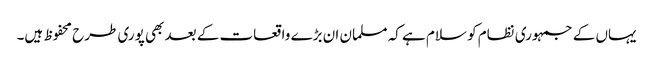
یہاں کے جمہوری نظام کو سلام ہے کہ مسلمان ان بڑے واقعات کے بعد بھی پوری طرح محفوظ ہیں۔